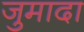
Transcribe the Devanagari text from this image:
जुमादा